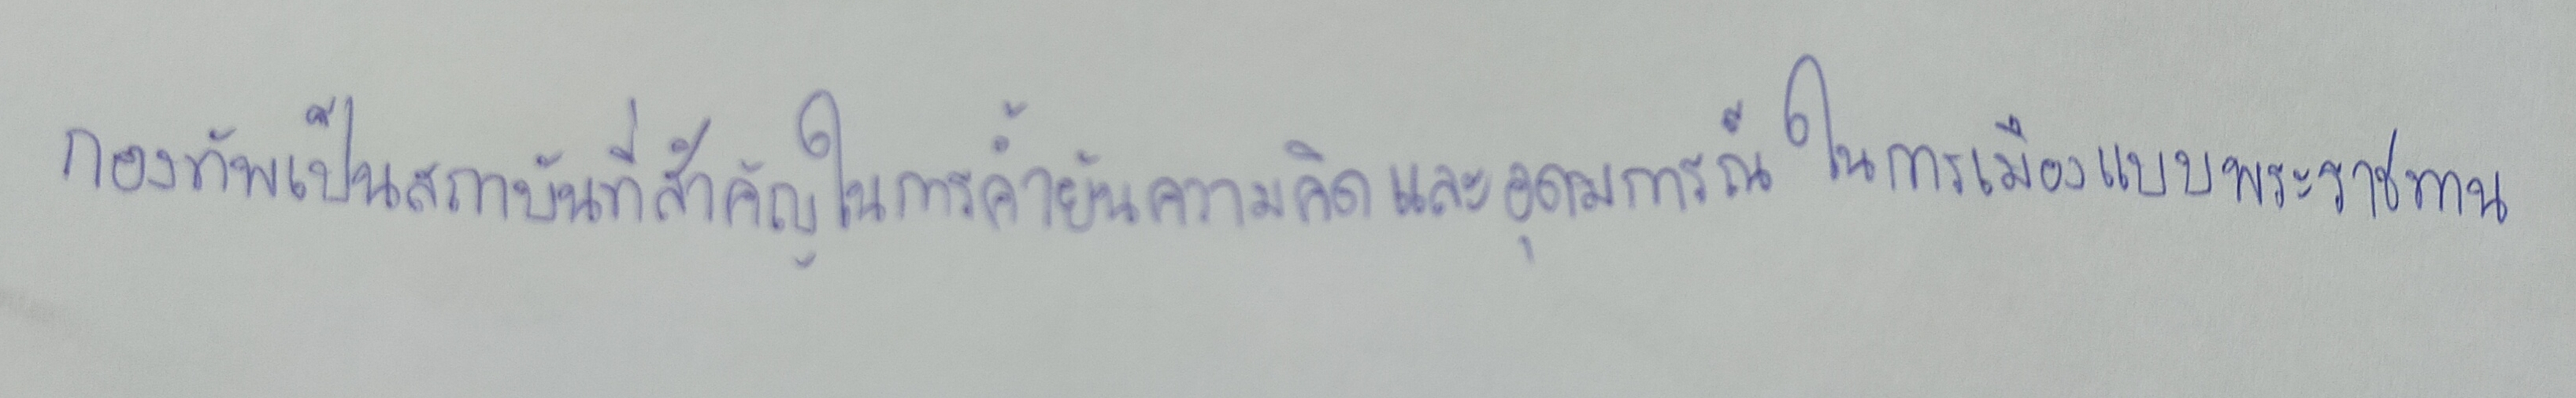
กองทัพเป็นสถาบันที่สำคัญในการค้ำยันความคิดและอุดมการณ์ในการเมืองแบบพระราชทาน